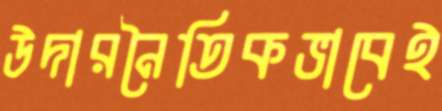
উদারনৈতিকভাবেই